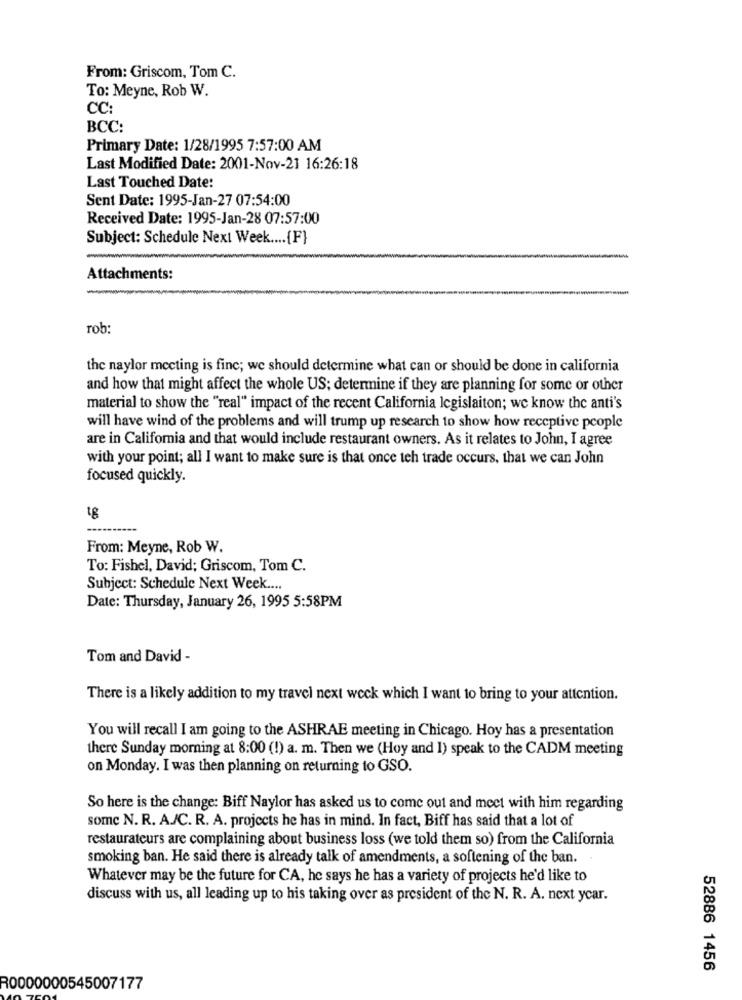
From: Griscom, Tom C.
To: Meyne, Rob W.
CC:
BCC:
Primary Date: 1/28/1995 7:57:00 AM
Last Modified Date: 2001-Nov-21 16:26:18
Last Touched Date:
Sent Date: 1995-Jan-27 07:54:00
Received Date: 1995-Jan-28 07:57:00
Subject: Schedule Next Week .... [F}
Attachments:
rob:
the naylor meeting is fine; we should determine what can or should be done in california
and how that might affect the whole US; determine if they are planning for some or other
material to show the "real" impact of the recent California legislaiton; we know the anti's
will have wind of the problems and will trump up research to show how receptive people
are in California and that would include restaurant owners. As it relates to John, I agree
with your point; all I want to make sure is that once teh trade occurs, that we can John
focused quickly.
From: Meyne, Rob W.
To: Fishel, David; Griscom, Tom C.
Subject: Schedule Next Week ....
Date: Thursday, January 26, 1995 5:58PM
Tom and David -
There is a likely addition to my travel next week which I want to bring to your attention.
You will recall I am going to the ASHRAE meeting in Chicago. Hoy has a presentation
there Sunday morning at 8:00 (!) a. m. Then we (Hoy and 1) speak to the CADM meeting
on Monday. I was then planning on returning to GSO.
So here is the change: Biff Naylor has asked us to come out and meet with him regarding
some N. R. A./C. R. A. projects he has in mind. In fact, Biff has said that a lot of
restaurateurs are complaining about business loss (we told them so) from the California
smoking ban. He said there is already talk of amendments, a softening of the ban.
Whatever may be the future for CA, he says he has a variety of projects he'd like to
discuss with us, all leading up to his taking over as president of the N. R. A. next year.
52886 1456
R0000000545007177